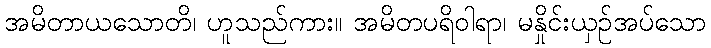
အမိတာယသောတိ၊ ဟူသည်ကား။ အမိတပရိဝါရာ၊ မနှိုင်းယှဉ်အပ်သော